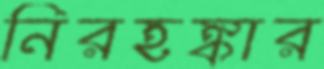
নিরহঙ্কার